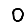
Digit: 0